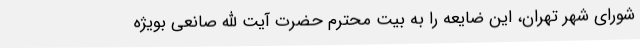
شورای شهر تهران، این ضایعه را به بیت محترم حضرت آیت الله صانعی بویژه